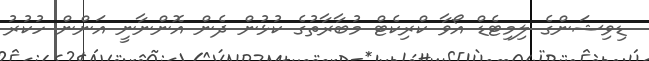
ޑިވިޝަންގެ ލިމިޓެޑް އޯވާ ކްރިކެޓް މުބާރާތުގެ ކުޅުން ދެން އޮންނާނީ އަންން ހުކުރު